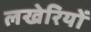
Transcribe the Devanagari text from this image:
लखेरियों